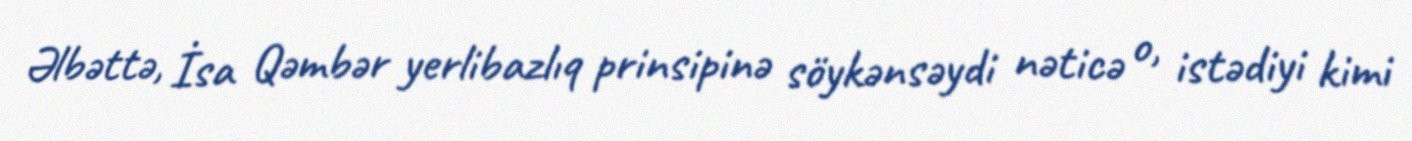
Əlbəttə, İsa Qəmbər yerlibazlıq prinsipinə söykənsəydi nəticə o, istədiyi kimi